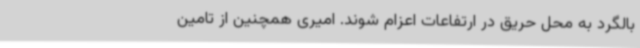
بالگرد به محل حریق در ارتفاعات اعزام ‌شوند. امیری همچنین از تامین